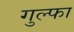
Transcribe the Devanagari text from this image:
गुल्फा